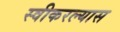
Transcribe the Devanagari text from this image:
स्वीकरल्यास